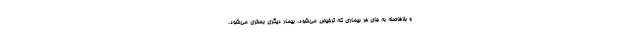
و بلافاصله به جای هر بیماری که ترخیص می‌شود، بیمار دیگری بستری می‌شود.